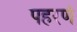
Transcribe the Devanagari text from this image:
पहरणं